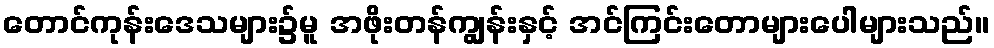
တောင်ကုန်းဒေသများ၌မူ အဖိုးတန်ကျွန်းနှင့် အင်ကြင်းတောများပေါများသည်။